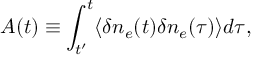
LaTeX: { \cal A } ( t ) \equiv \int _ { t ^ { \prime } } ^ { t } \langle \delta n _ { e } ( t ) \delta n _ { e } ( \tau ) \rangle d \tau ,